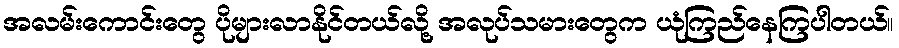
အလမ်းကောင်းတွေ ပိုများလာနိုင်တယ်လို့ အလုပ်သမားတွေက ယုံကြည်နေကြပါတယ်။